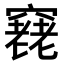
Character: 𥨔